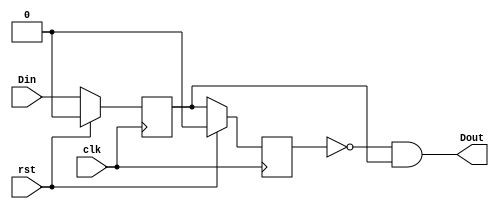
`timescale 1ns / 1ps
module make_tick(   input   wire    clk,    rst,    Din,
                    output  wire    Dout                );

integer cnt;
wire    a;
reg     b,  c;

assign  a   =   Din;

always @(posedge clk)   begin
    if(rst==1) begin
        b <= 0;
        c <= 0;
    end
    else begin
        b <= a;
        c <= b;
    end
end

assign Dout = (~c & b);

endmodule